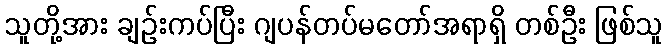
သူတို့အား ချဉ်းကပ်ပြီး ဂျပန်တပ်မတော်အရာရှိ တစ်ဦး ဖြစ်သူ